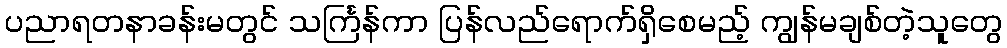
ပညာရတနာခန်းမတွင် သင်္ကြန်ကာ ပြန်လည်ရောက်ရှိစေမည့် ကျွန်မချစ်တဲ့သူတွေ